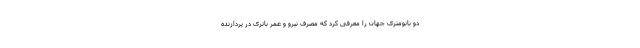
دو نانومتری جهان را معرفی کرد که مصرف نیرو و عمر باتری در پردازنده